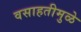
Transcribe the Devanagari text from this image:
वसाहतीमुळे